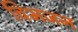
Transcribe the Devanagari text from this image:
विभजन